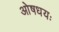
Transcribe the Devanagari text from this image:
ओषधयः